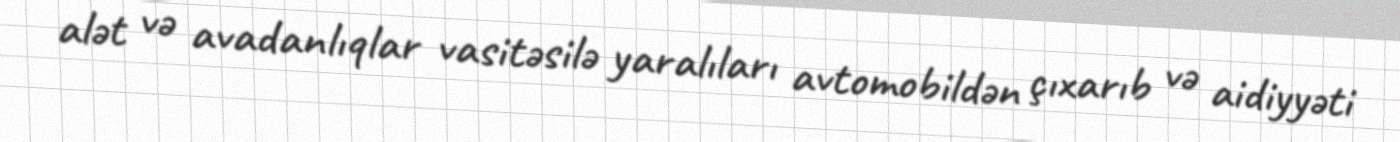
alət və avadanlıqlar vasitəsilə yaralıları avtomobildən çıxarıb və aidiyyəti